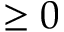
\ge 0